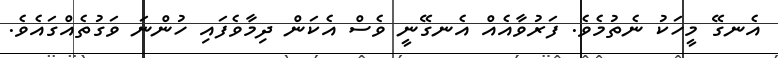
އެނގޭ މީހަކު ނެތުމެވެ. ފަރުވާއެއް އެނގޭނީ ވެސް އެކަން ދިމާވެފައި ހުންނަ ވަގުތެއްގައެވެ.